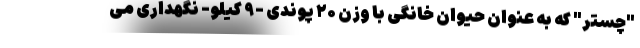
"چستر" که به عنوان حیوان خانگی با وزن ۲۰ پوندی -۹ کیلو- نگهداری می